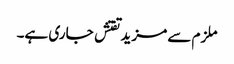
ملزم سے مزیدتفتش جاری ہے۔